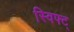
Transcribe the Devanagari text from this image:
स्विफ्ट्